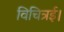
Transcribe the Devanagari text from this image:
विचित्रई।